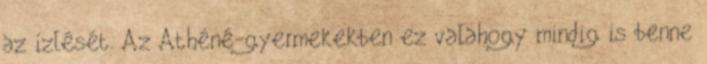
az ízlését. Az Athéné-gyermekekben ez valahogy mindig is benne